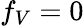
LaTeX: f_{V}=0